画像に写った文字を読んでください
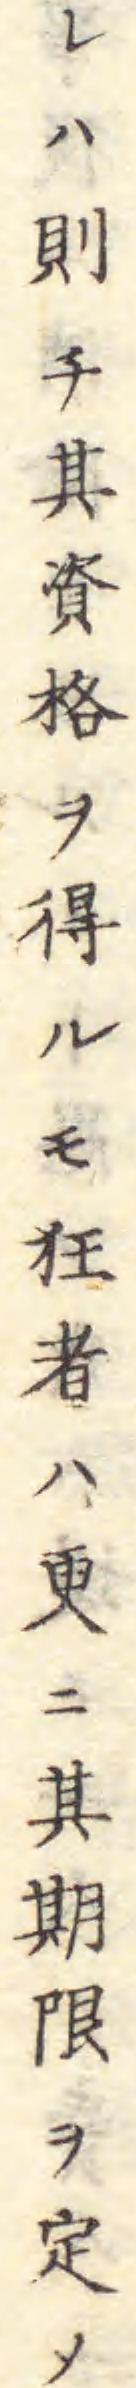
「レハ則チ其資格ヲ得ルモ狂者ハ更ニ其期ヲ定メ」と書いてあります